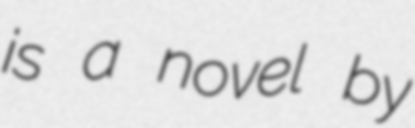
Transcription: is a novel by